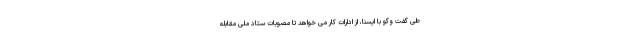
طی گفت وگو با ایسنا، از ادارات کار می خواهد تا مصوبات ستاد ملی مقابله